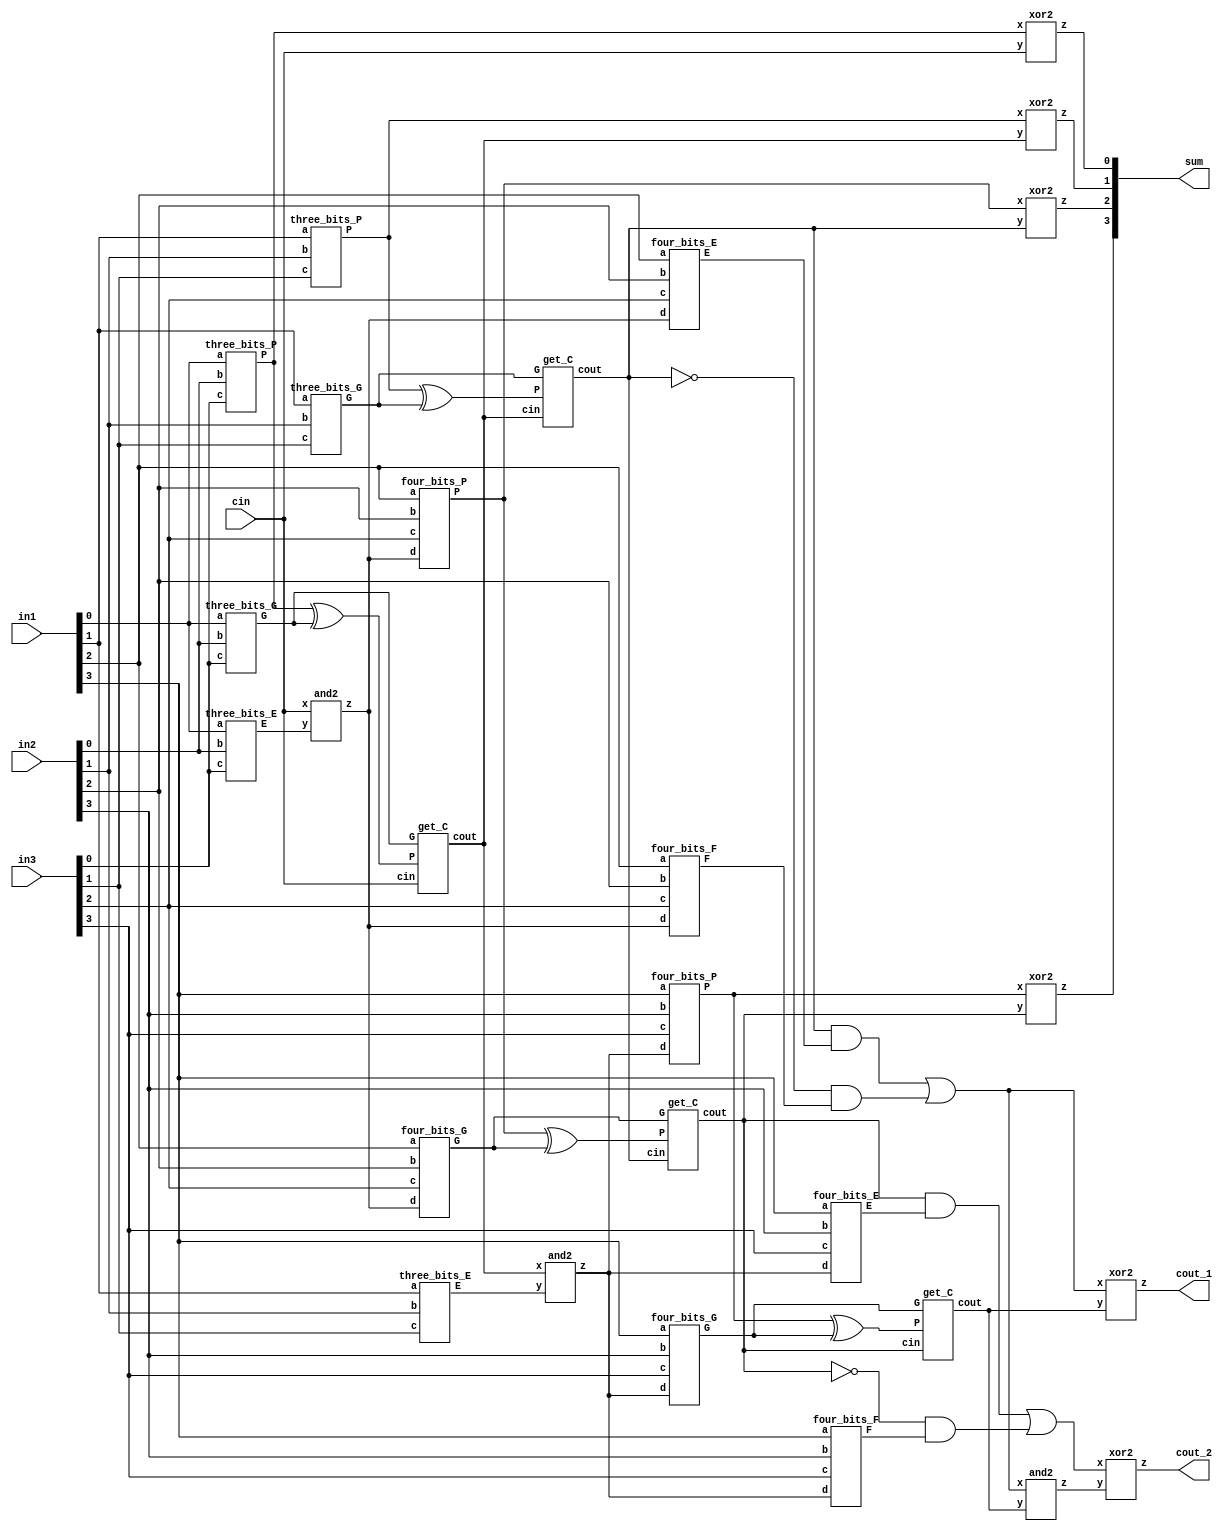
module carry_lookahead_adder_3_4bits(output [3:0] sum,
                                   output cout_1, cout_2,
                                   input [3:0] in1, in2, in3,
                                   input cin);

  wire [5:0] P, G, C;
  wire [3:0] D, E, F;

  assign C[0] = cin;
  three_bits_P cel1(P[0], in1[0], in2[0], in3[0]);
  three_bits_P cel2(P[1], in1[1], in2[1], in3[1]);
  four_bits_P  cel3(P[2], in1[2], in2[2], in3[2], D[0]);
  four_bits_P  cel4(P[3], in1[3], in2[3], in3[3], D[1]);

  three_bits_G cel5(G[0], in1[0], in2[0], in3[0]);
  three_bits_G cel6(G[1], in1[1], in2[1], in3[1]);
  four_bits_G  cel7(G[2], in1[2], in2[2], in3[2], D[0]);
  four_bits_G  cel8(G[3], in1[3], in2[3], in3[3], D[1]);

  three_bits_E cel10(E[0], in1[0], in2[0], in3[0]);
  three_bits_E cel11(E[1], in1[1], in2[1], in3[1]);
  four_bits_E  cel12(E[2], in1[2], in2[2], in3[2], D[0]);
  four_bits_E  cel13(E[3], in1[3], in2[3], in3[3], D[1]);

  four_bits_F  cel14(F[2], in1[2], in2[2], in3[2], D[0]);
  four_bits_F  cel15(F[3], in1[3], in2[3], in3[3], D[1]);

  assign P[4] = D[2];
  assign P[5] = D[3];


  //assign C[1] = (C[0] & (P[0] ^ G[0])) + (!C[0] & G[0]); 
  get_C cell6(C[1], C[0], P[0] ^ G[0], G[0]);
  get_C cell7(C[2], C[1], P[1] ^ G[1], G[1]);
  get_C cell8(C[3], C[2], P[2] ^ G[2], G[2]);
  get_C cell9(C[4], C[3], P[3] ^ G[3], G[3]);
  and2  AND09(C[5], D[2], C[4]);

  and2 AND10(D[0], C[0], E[0]);
  and2 AND11(D[1], C[1], E[1]);
  assign D[2] = (C[2] & E[2]) | (!C[2] & F[2]);
  assign D[3] = (C[3] & E[3]) | (!C[3] & F[3]);

  xor2 XOR10(sum[0], P[0], C[0]);
  xor2 XOR11(sum[1], P[1], C[1]);
  xor2 XOR12(sum[2], P[2], C[2]);
  xor2 XOR13(sum[3], P[3], C[3]);
  xor2 XOR14(cout_1, P[4], C[4]);
  xor2 XOR15(cout_2, P[5], C[5]);
endmodule

module get_C(output cout,
             input cin,
             input P,
             input G);

  assign cout = (cin & (P)) + (!cin & G);
endmodule

module three_bits_P(output P,
                    input a,
                    input b,
                    input c);

  assign P = a ^ b ^ c;
endmodule

module three_bits_G(output G,
                    input a,
                    input b,
                    input c);
  assign G = (a & b) ^ (a & c) ^ (b & c);
endmodule

module three_bits_E(output E,
                    input a,
                    input b,
                    input c);
  assign E = a & b & c;
endmodule

module four_bits_P(output P,
               input a,
               input b,
               input c,
               input d);

  assign P = a ^ b ^ c ^ d;
endmodule

module four_bits_G(output G,
               input a,
               input b,
               input c,
               input d);
  assign G = (a & b) ^ (a & c) ^ (a & d) ^ (b & c) ^ (b & d) ^ (c & d);
endmodule

module four_bits_F(output F,
               input a,
               input b,
               input c,
               input d);
  assign F = a & b & c & d;
endmodule

module four_bits_E(output E,
               input a,
               input b,
               input c,
               input d);
  assign E = (a & b & c) ^ (a & b & d) ^ (a & c & d) ^ (b & c & d) ^ (a & b & c & d);
endmodule

module and2(output wire z,
           input wire x,
           input wire y);
  assign z = x & y;
endmodule

module or2(output wire z,
           input wire x,
           input wire y);
  assign z = x | y;
endmodule

module xor2(output wire z,
           input wire x,
           input wire y);
  assign z = x ^ y;
endmodule

module and3(output wire z,
           input wire w,
           input wire x,
           input wire y);
  assign z = w & x & y;
endmodule

module xor3(output wire z,
           input wire w,
           input wire x,
           input wire y);
  assign z = w ^ x ^ y;
endmodule

module xor4(output wire z,
           input wire v,
           input wire w,
           input wire x,
           input wire y);
  assign z = v ^ w ^ x ^ y;
endmodule

module xor5(output wire z,
           input wire u,
           input wire v,
           input wire w,
           input wire x,
           input wire y);
  assign z = u ^ v ^ w ^ x ^ y;
endmodule

module xor6(output wire z,
           input wire t,
           input wire u,
           input wire v,
           input wire w,
           input wire x,
           input wire y);
  assign z = t ^ u ^ v ^ w ^ x ^ y;
endmodule